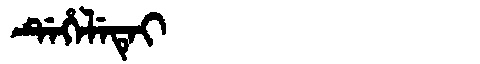
Manchu: ᡩᡝᡥᡝᠯᡝᡨᡝᡳ
Romanization: DEHELETEI